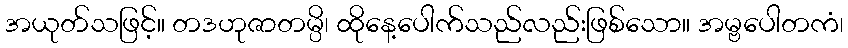
အယုတ်သဖြင့်။ တဒဟုဇာတမ္ပိ၊ ထိုနေ့ပေါက်သည်လည်းဖြစ်သော။ အမ္ဗပေါတကံ၊